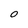
Character: O